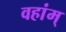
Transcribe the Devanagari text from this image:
वहांम्